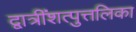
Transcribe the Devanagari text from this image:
द्वात्रींशत्पुत्तलिका